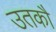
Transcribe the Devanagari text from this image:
उतकौ